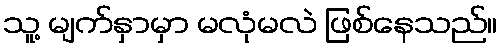
သူ့ မျက်နှာမှာ မလုံမလဲ ဖြစ်နေသည်။